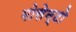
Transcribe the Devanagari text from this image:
मोसेन्टो